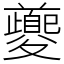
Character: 夔